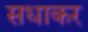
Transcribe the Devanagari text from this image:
सधाकर